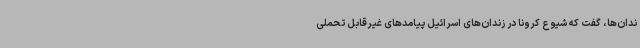
ندان‌ها، گفت که شیوع کرونا در زندان‌های اسرائیل پیامدهای غیرقابل تحملی